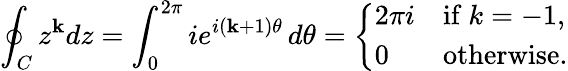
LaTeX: \oint_{C}z^{\mathbf{k}}dz=\int_{0}^{2\pi}ie^{i(\mathbf{k}+1)\theta}\, d\theta={\left\{ \begin{array}{ll}{2\pi i}&{{\mathrm{if~}}k=-1,}\\ {0}&{{\mathrm{otherwise}}.}\end{array}\right.}